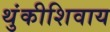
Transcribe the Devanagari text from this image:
थुंकीशिवाय